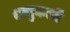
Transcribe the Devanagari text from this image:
धनुकली